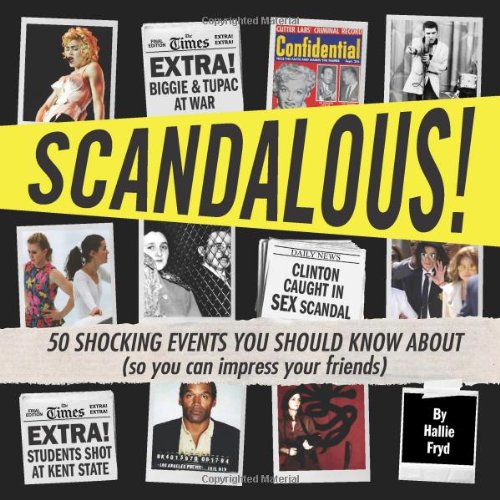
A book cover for Scandalous!: 50 Shocking Events You Should Know About (So You Can Impress Your Friends); Hallie Fryd; Teen & Young Adult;